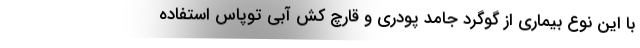
با این نوع بیماری از گوگرد جامد پودری و قارچ کش آبی توپاس استفاده